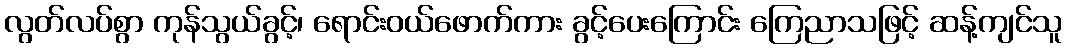
လွတ်လပ်စွာ ကုန်သွယ်ခွင့်၊ ရောင်းဝယ်ဖောက်ကား ခွင့်ပေးကြောင်း ကြေညာသဖြင့် ဆန့်ကျင်သူ